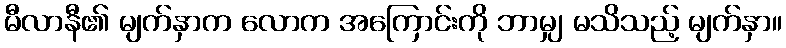
မီလာနီ၏ မျက်နှာက လောက အကြောင်းကို ဘာမျှ မသိသည့် မျက်နှာ။